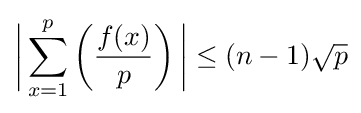
{\biggl |}\sum \limits _{x=1}^{p}\left({\frac {f(x)}{p}}\right){\biggr |}\leq (n-1){\sqrt {p}}